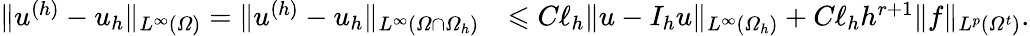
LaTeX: \begin{array}{rl}{\| u^{(h)}-u_{h}\| _{L^{\infty}(\varOmega)}=\| u^{(h)}-u_{h}\| _{L^{\infty}(\varOmega\cap\varOmega_{h})}}&{\leqslant C\ell_{h}\| u-I_{h}u\| _{L^{\infty}(\varOmega_{h})}+C\ell_{h}h^{r+1}\| f\| _{L^{p}(\varOmega^{t})}.}\end{array}